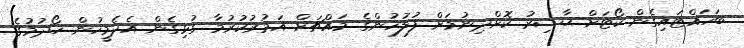
ބަހައްޓައިގެން ކޯޓަށް ޙާޟިރު ކޮށްދިނުމަށް ފުލުހުންގެ މައްޗަށް އަމުރުކުރުމާ ގުޅިގެން އެދެމީހުން ހޯދުމުގެ